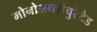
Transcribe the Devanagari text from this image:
मोनोअनसैचुरेटेड